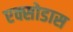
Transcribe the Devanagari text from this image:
एक्सोडास